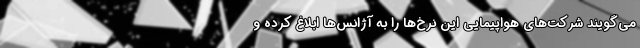
می‌گویند شرکت‌های هواپیمایی این نرخ‌ها را به آژانس‌ها ابلاغ کرده و